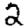
Digit: 2